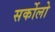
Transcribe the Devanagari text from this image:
सर्कोलो